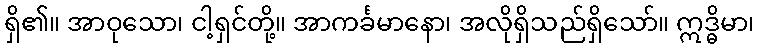
ရှိ၏။ အာဝုသော၊ ငါ့ရှင်တို့။ အာကင်္ခမာနော၊ အလိုရှိသည်ရှိသော်။ ဣဒ္ဓိမာ၊